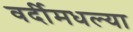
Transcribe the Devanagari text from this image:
वर्दीमधल्या